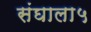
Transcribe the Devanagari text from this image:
संघाला५